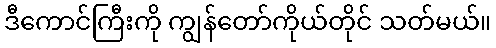
ဒီကောင်ကြီးကို ကျွန်တော်ကိုယ်တိုင် သတ်မယ်။